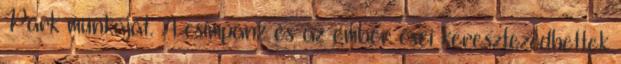
Park munkáját. A csimpánz és az ember ősei kereszteződhettek